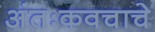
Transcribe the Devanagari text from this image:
अंतःकवचाचे